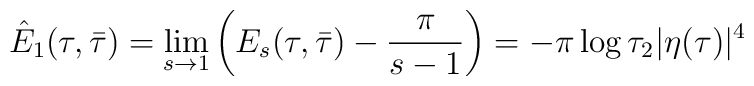
\hat E_1(\tau,\bar\tau) = \lim_{s\rightarrow 1} \left(E_s(\tau,\bar\tau)  - \frac{\pi}{s-1} \right)=-\pi \log \tau_2 |\eta(\tau)|^4